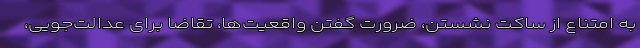
به امتناع از ساکت نشستن، ضرورت گفتن واقعیت‌ها، تقاضا برای عدالت‌جویی،